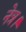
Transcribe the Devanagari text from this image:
नेत्र।